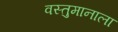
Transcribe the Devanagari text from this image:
वस्तुमानाला